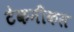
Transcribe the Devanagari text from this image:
टेकनीकल